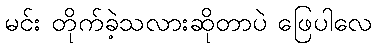
မင်း တိုက်ခဲ့သလားဆိုတာပဲ ဖြေပါလေ